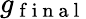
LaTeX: g_{\mathrm{~f~i~n~a~l~}}